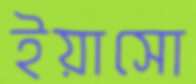
ইয়াসো